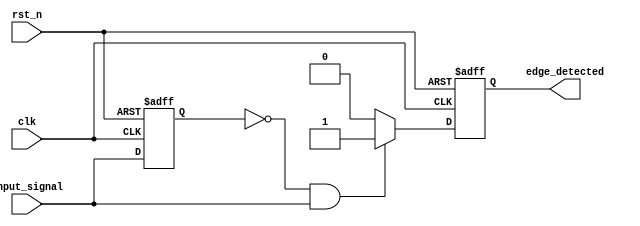
module rising_edge_detector (
    input wire clk,                // Clock signal
    input wire rst_n,              // Asynchronous active-low reset
    input wire input_signal,       // Input signal to detect rising edge
    output reg edge_detected       // Output signal indicating a rising edge
);

    // Internal signal to hold the previous value of the input signal
    reg previous_signal;

    // Always block for synchronous logic and edge detection
    always @(posedge clk or negedge rst_n) begin
        if (!rst_n) begin
            // On reset, set output and previous signal to known state
            edge_detected <= 1'b0;
            previous_signal <= 1'b0;
        end else begin
            // Edge detection logic
            if (previous_signal == 1'b0 && input_signal == 1'b1) begin
                edge_detected <= 1'b1; // Rising edge detected
            end else begin
                edge_detected <= 1'b0; // No rising edge
            end
            
            // Update previous signal for next cycle
            previous_signal <= input_signal;
        end
    end

endmodule